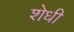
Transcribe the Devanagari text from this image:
शेधी